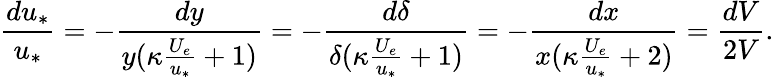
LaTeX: \frac{du_{*}}{u_{*}}=-\frac{dy}{y(\kappa\frac{U_{e}}{u_{*}}+1)}=-\frac{d\delta}{\delta(\kappa\frac{U_{e}}{u_{*}}+1)}=-\frac{dx}{x(\kappa\frac{U_{e}}{u_{*}}+2)}=\frac{dV}{2V}.